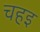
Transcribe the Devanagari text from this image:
चहइ